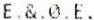
E.&.0.E.